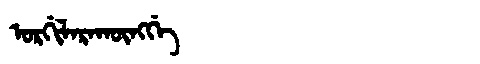
Manchu: ᠣᡵᡤᡳᠯᠠᡵᠠᡴᡡᠩᡤᡝ
Romanization: ORGILARAKŪNGGE